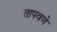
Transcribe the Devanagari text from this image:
तापवणे